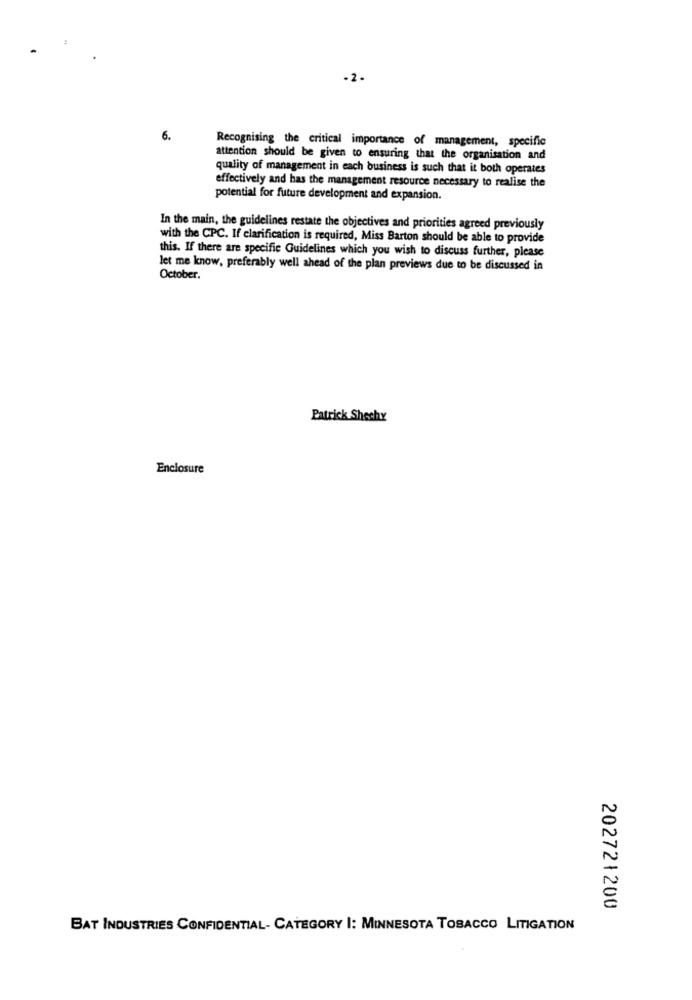
-2-
6.
Recognising the critical importance of management, specific
attention should be given to ensuring that the organisation and
quality of management in each business is such that it both operates
effectively and has the management resource necessary to realise the
potential for future development and expansion.
In the main, the guidelines restate the objectives and priorities agreed previously
with the CPC. If clarification is required, Miss Barton should be able to provide
this. If there are specific Guidelines which you wish to discuss further, please
let me know, preferably well ahead of the plan previews due to be discussed in
October.
Patrick Shechy
Enclosure
202721200
BAT INDUSTRIES CONFIDENTIAL- CATEGORY I: MINNESOTA TOBACCO LITIGATION